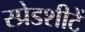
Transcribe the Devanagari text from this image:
स्प्रेडशीटें